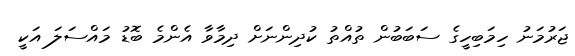
ޖަރުމަނު ހިމަބިހީގެ ސަބަބުން ތުއްތު ކުދިންނަށް ދިމާވާ އެންމެ ބޮޑު މައްސަލަ އަކީ